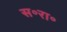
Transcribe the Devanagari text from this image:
स॰रा॰